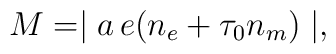
M=\mid a\,e (n_{e}+ \tau_{0} n_{m}) \mid,